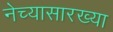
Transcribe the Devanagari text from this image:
नेच्यासारख्या